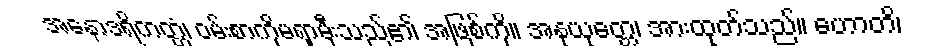
အနောဒရိကတ္တံ၊ ဝမ်းစာကိုမရှာမှီးသည်၏ အဖြစ်ကို။ အနုယုတ္တေ၊ အားထုတ်သည်။ ဟောတိ၊